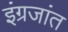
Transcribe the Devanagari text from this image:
इंग्रजांत